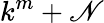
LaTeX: k^{m}+\mathscr{N}